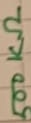
Text: 500KΩ